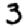
Digit: 3